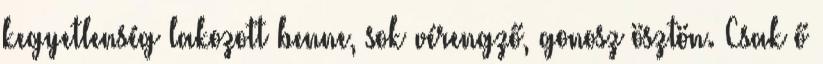
kegyetlenség lakozott benne, sok vérengző, gonosz ösztön. Csak ő